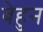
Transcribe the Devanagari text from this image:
बेहुन